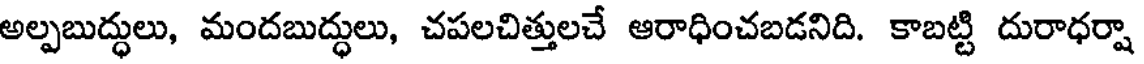
అల్పబుద్ధులు, మందబుద్ధులు, చపలచిత్తులచే ఆరాధించబడనిది. కాబట్టి దురాధర్షా